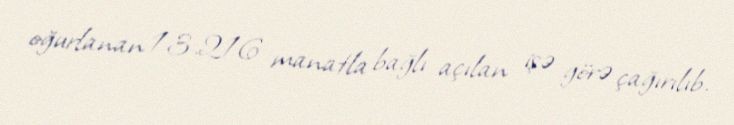
oğurlanan 13.216 manatla bağlı açılan işə görə çağırılıb.